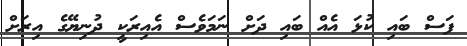
ފަސް ބައި ކުޅަ އެއް ބައި ދަށް ނަމަވެސް އެއިރަކީ ދުނިޔޭގެ އިރަށް